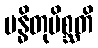
ဗန္ဓိတုမိစ္ဆတိ